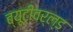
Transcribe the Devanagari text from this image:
ब्यूटीवर्ल्ड